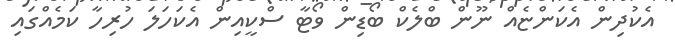
އެކުދިން އެކަންޏެއް ނޫން ބްލެކް ބޯޑިން ވޯޓާ ސްކީއިން އެކަހަލަ ހުރިހާ ކަމެއްގައި